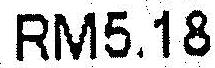
RM5.18